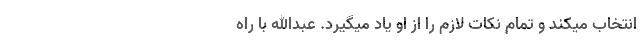
انتخاب میکند و تمام نکات لازم را از او یاد میگیرد. عبدالله با راه